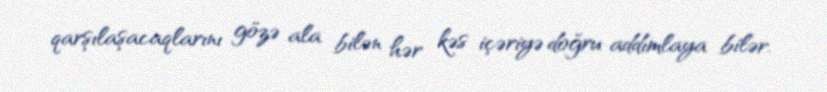
qarşılaşacaqlarını gözə ala bilən hər kəs içəriyə doğru addımlaya bilər.